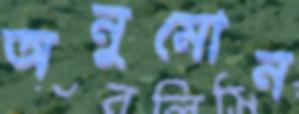
অনুমোন